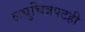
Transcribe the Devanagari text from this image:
लघुचित्रपटही